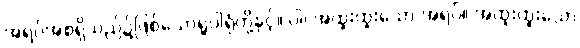
အရပ်အစရှိသည်၌ဖြစ်သောရူပါရုံတို့နှင့်။ ဝါ၊ အထူးထူးသော အရပ်။ အထူးထူးသော